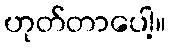
ဟုတ်တာပေါ့။